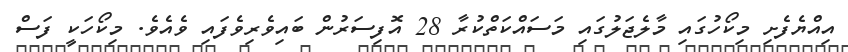
އިއްޔެފެށި މިކޯހުގައި މާލެޖަލުގައި މަސައްކަތްކުރާ 28 އޮފިސަރުން ބައިވެރިވެފައި ވެއެވެ. މިކޯހަކީ ފަސް